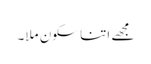
مجھے اتنا سکون ملا۔